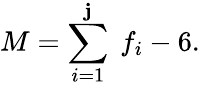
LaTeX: M=\sum_{i=1}^{\mathbf{j}}\ f_{i}-6.